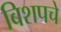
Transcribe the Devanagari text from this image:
बिशपचे